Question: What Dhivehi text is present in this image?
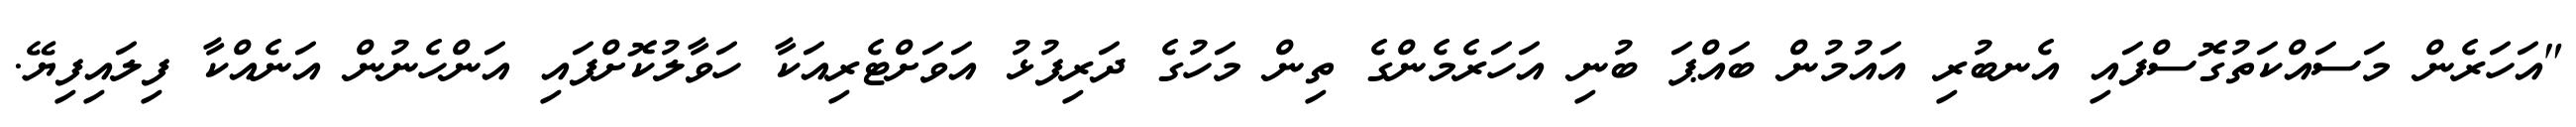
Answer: "އަހަރެން މަސައްކަތުގޮސްފައި އެނބުރި އައުމުން ބައްޕަ ބުނި އަހަރެމެންގެ ތިން މަހުގެ ދަރިފުޅު އަވަށްޓެރިއަކާ ހަވާލުކޮށްފައި އަންހެނުން އަނެއްކާ ފިލައިފިޔޭ.